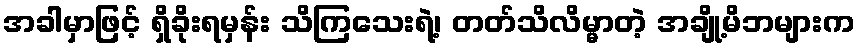
အခါမှာဖြင့် ရှိခိုးရမှန်း သိကြသေးရဲ့၊ တတ်သိလိမ္မာတဲ့ အချို့မိဘများက